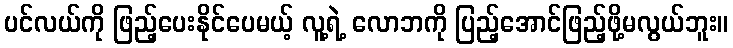
ပင်လယ်ကို ဖြည့်ပေးနိုင်ပေမယ့် လူ့ရဲ့ လောဘကို ပြည့်အောင်ဖြည့်ဖို့မလွယ်ဘူး။